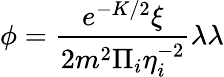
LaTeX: \phi=\frac{e^{-K/2}\xi}{2m^{2}\Pi_{i}\eta_{i}^{-2}}\lambda\lambda